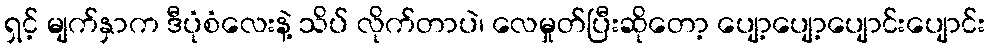
ရှင့် မျက်နှာက ဒီပုံစံလေးနဲ့ သိပ် လိုက်တာပဲ၊ လေမှုတ်ပြီးဆိုတော့ ပျော့ပျော့ပျောင်းပျောင်း